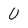
Character: U